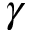
\gamma